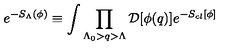
e ^ { - S _ { \Lambda } ( \phi ) } \equiv \int \prod _ { \Lambda _ { 0 } > q > \Lambda } { \cal D } [ \phi ( { q } ) ] e ^ { - S _ { c l } [ \phi ] }